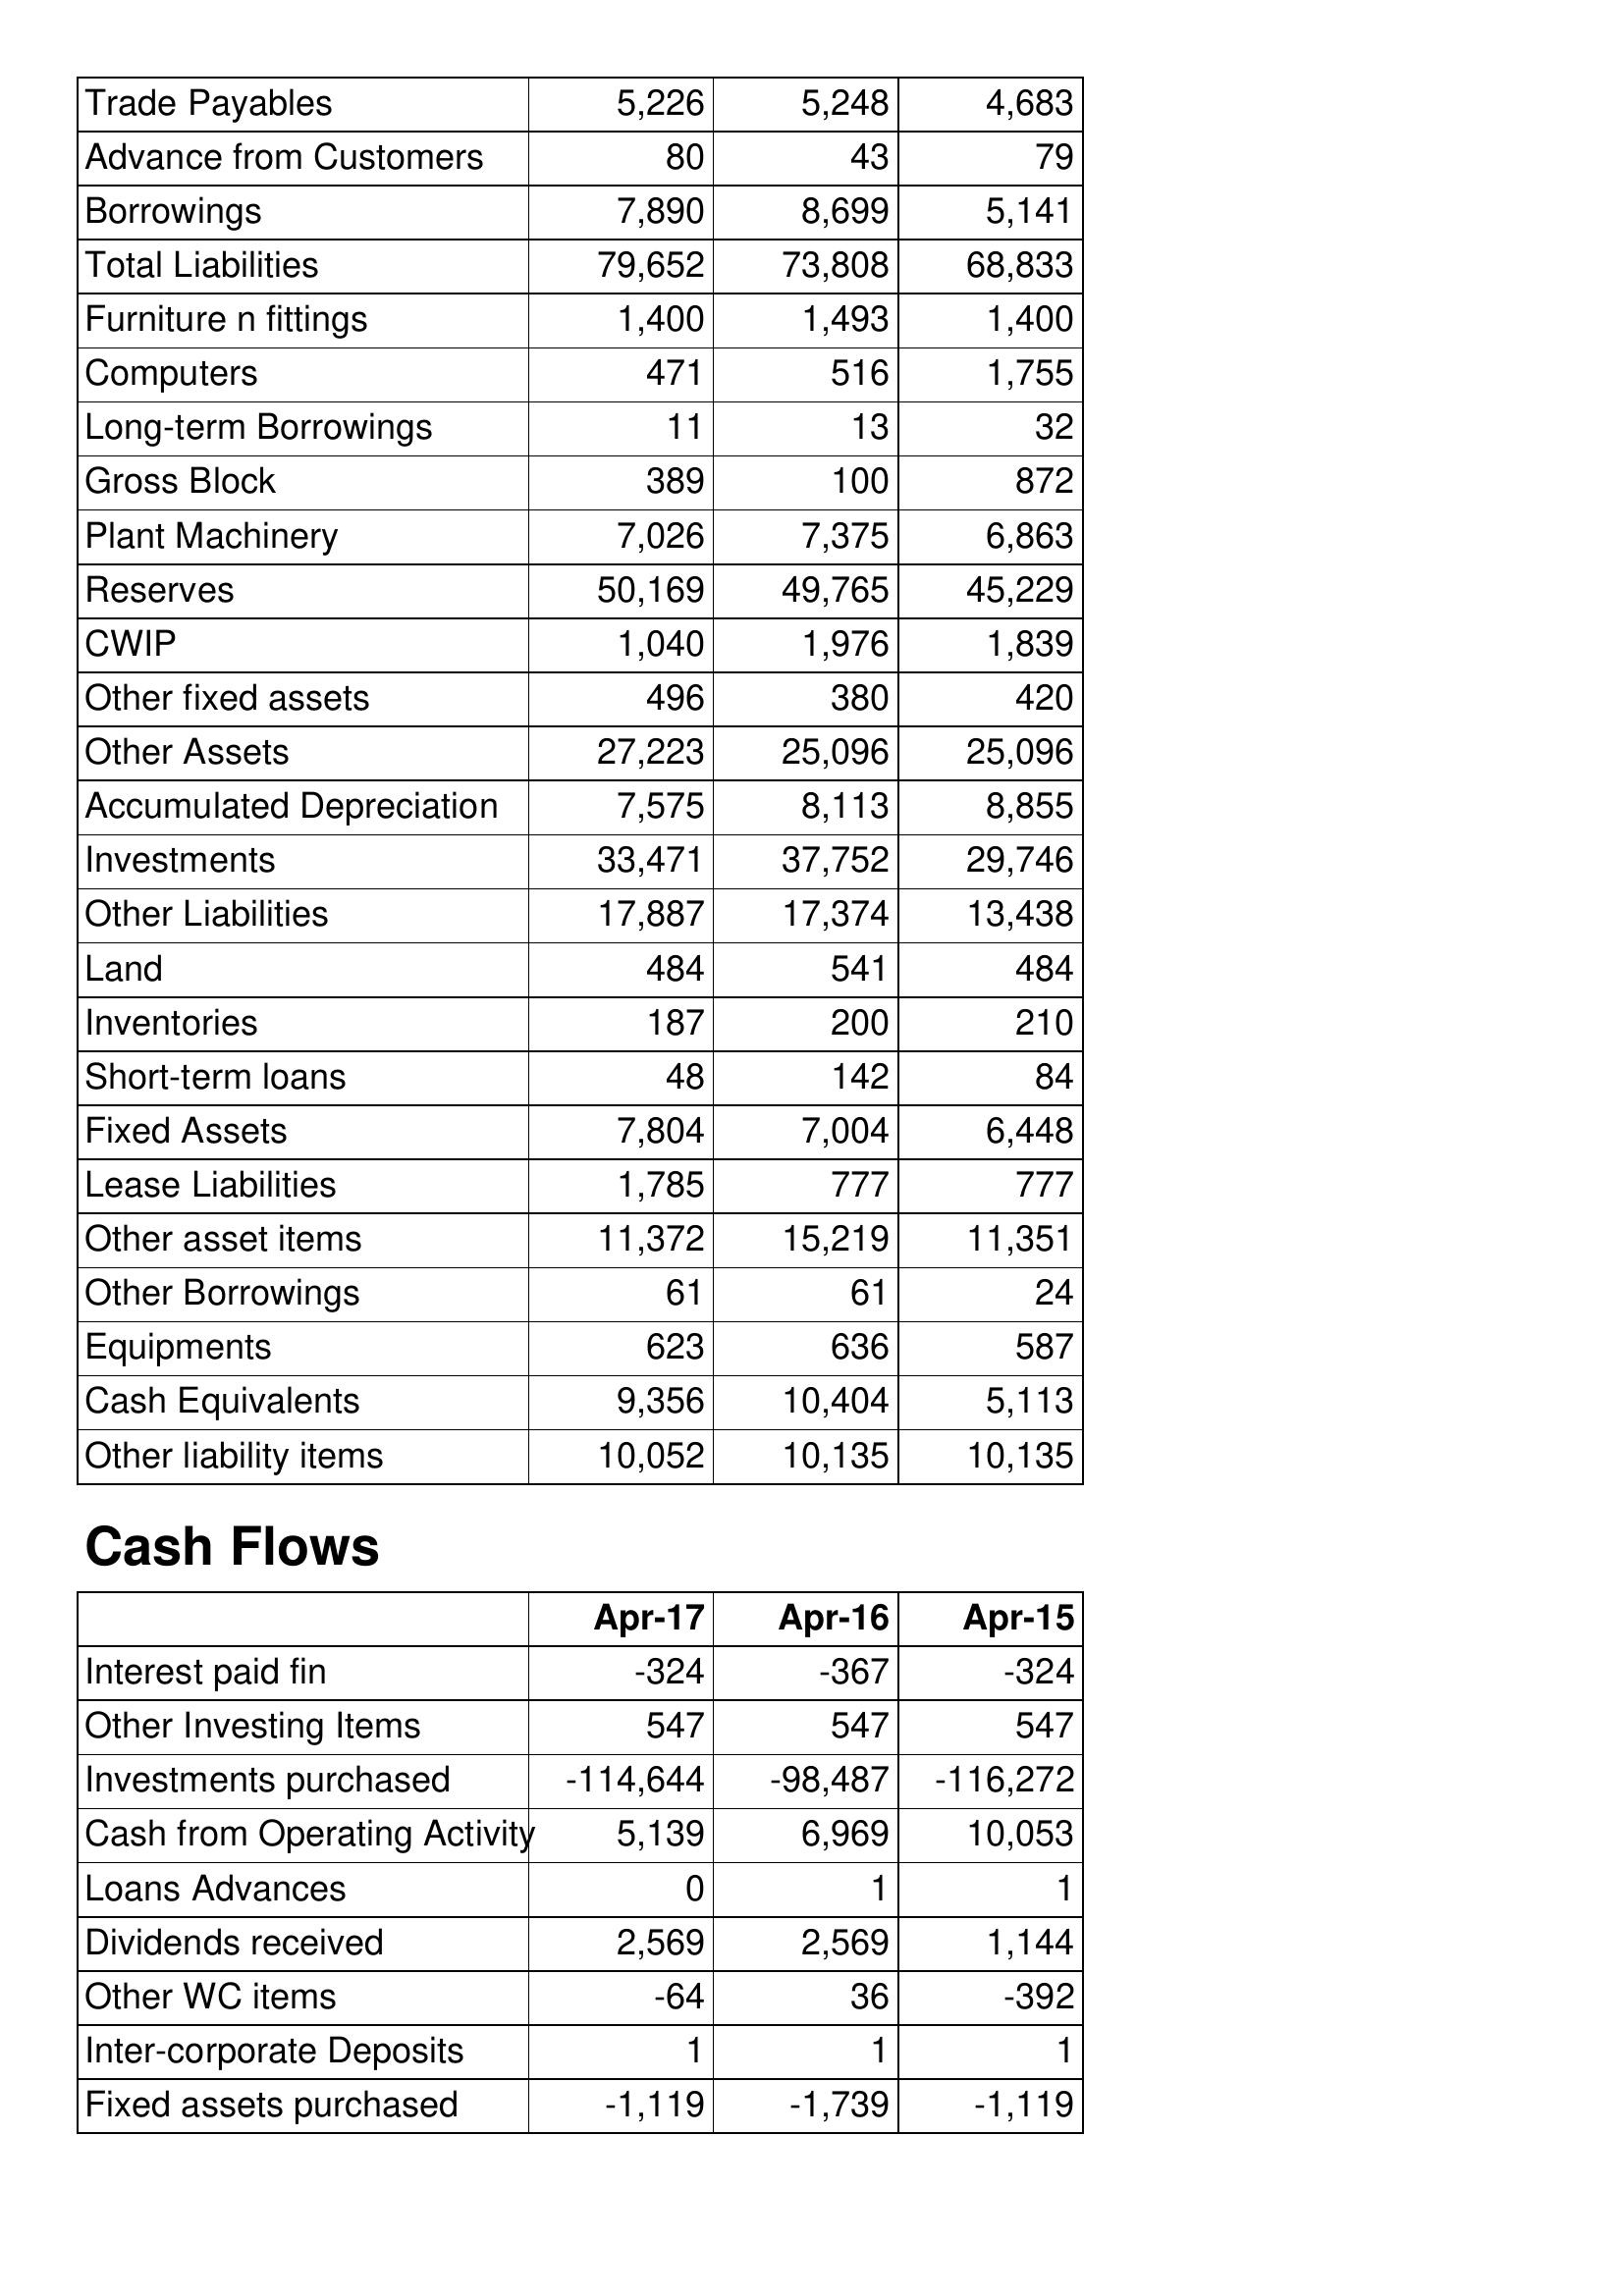
Apr-17: Balance Sheet: Trade Payables: 5,226
Advance from Customers: 80
Borrowings: 7,890
Total Liabilities: 79,652
Furniture n fittings: 1,400
Computers: 471
Long-term Borrowings: 11
Gross Block: 389
Plant Machinery: 7,026
Reserves: 50,169
CWIP: 1,040
Other fixed assets: 496
Other Assets: 27,223
Accumulated Depreciation: 7,575
Investments: 33,471
Other Liabilities: 17,887
Land: 484
Inventories: 187
Short-term loans: 48
Fixed Assets: 7,804
Lease Liabilities: 1,785
Other asset items: 11,372
Other Borrowings: 61
Equipments: 623
Cash Equivalents: 9,356
Other liability items: 10,052
Cash Flows: Interest paid fin: -324
Other Investing Items: 547
Investments purchased: -114,644
Cash from Operating Activity: 5,139
Loans Advances: 0
Dividends received: 2,569
Other WC items: -64
Inter-corporate Deposits: 1
Fixed assets purchased: -1,119
Apr-16: Balance Sheet: Trade Payables: 5,248
Advance from Customers: 43
Borrowings: 8,699
Total Liabilities: 73,808
Furniture n fittings: 1,493
Computers: 516
Long-term Borrowings: 13
Gross Block: 100
Plant Machinery: 7,375
Reserves: 49,765
CWIP: 1,976
Other fixed assets: 380
Other Assets: 25,096
Accumulated Depreciation: 8,113
Investments: 37,752
Other Liabilities: 17,374
Land: 541
Inventories: 200
Short-term loans: 142
Fixed Assets: 7,004
Lease Liabilities: 777
Other asset items: 15,219
Other Borrowings: 61
Equipments: 636
Cash Equivalents: 10,404
Other liability items: 10,135
Cash Flows: Interest paid fin: -367
Other Investing Items: 547
Investments purchased: -98,487
Cash from Operating Activity: 6,969
Loans Advances: 1
Dividends received: 2,569
Other WC items: 36
Inter-corporate Deposits: 1
Fixed assets purchased: -1,739
Apr-15: Balance Sheet: Trade Payables: 4,683
Advance from Customers: 79
Borrowings: 5,141
Total Liabilities: 68,833
Furniture n fittings: 1,400
Computers: 1,755
Long-term Borrowings: 32
Gross Block: 872
Plant Machinery: 6,863
Reserves: 45,229
CWIP: 1,839
Other fixed assets: 420
Other Assets: 25,096
Accumulated Depreciation: 8,855
Investments: 29,746
Other Liabilities: 13,438
Land: 484
Inventories: 210
Short-term loans: 84
Fixed Assets: 6,448
Lease Liabilities: 777
Other asset items: 11,351
Other Borrowings: 24
Equipments: 587
Cash Equivalents: 5,113
Other liability items: 10,135
Cash Flows: Interest paid fin: -324
Other Investing Items: 547
Investments purchased: -116,272
Cash from Operating Activity: 10,053
Loans Advances: 1
Dividends received: 1,144
Other WC items: -392
Inter-corporate Deposits: 1
Fixed assets purchased: -1,119